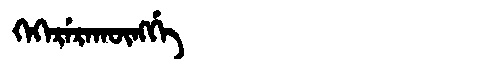
Manchu: ᡴᡝᡴᡝᡵᡝᡵᠠᡴᡡᠩᡤᡝ
Romanization: KEKERERAKŪNGGE